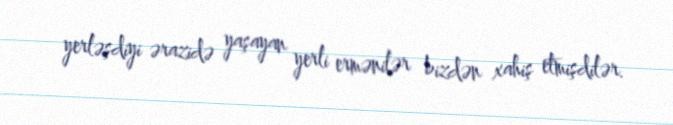
yerləşdiyi ərazidə yaşayan yerli ermənilər bizdən xahiş etmişdilər.